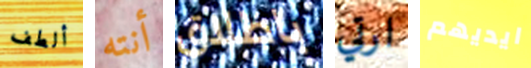
ألطف أنته باطلاق ارتي ايديهم